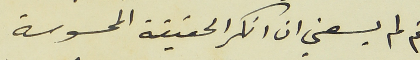
ثم لم يسعني ان انكر الحقيقة المحسوسة